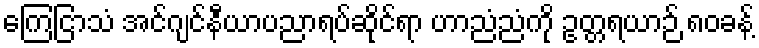
ကြေငြာသံ အင်ဂျင်နီယာပညာရပ်ဆိုင်ရာ ဟာညံညံကို ဥတ္တရယာဉ် ၈၀ခန့်